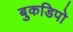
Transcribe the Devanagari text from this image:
बुकडिपो